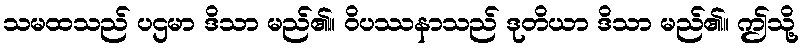
သမထသည် ပဌမာ ဒိသာ မည်၏။ ဝိပဿနာသည် ဒုတိယာ ဒိသာ မည်၏။ ဤသို့